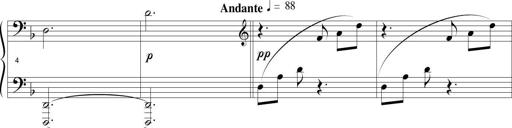
Title: Sonatina in D minor
Composer: Paul Csige
Key: D minor